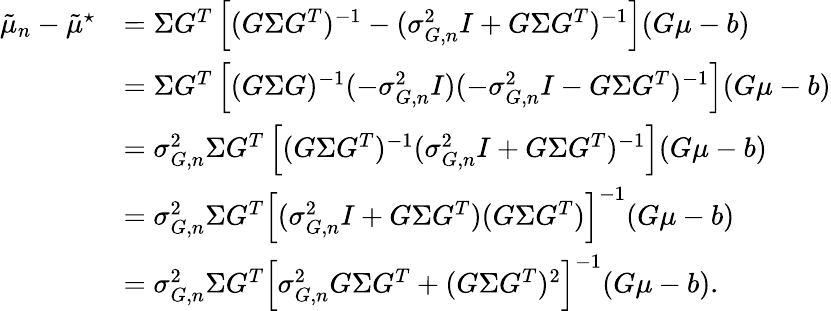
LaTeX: \begin{array}{rl}{\tilde{\mu}_{n}-\tilde{\mu}^{\star}}&{=\Sigma G^{T}\left[(G\Sigma G^{T})^{-1}-(\sigma_{G,n}^{2}I+G\Sigma G^{T})^{-1}\right](G\mu-b)}\\ &{=\Sigma G^{T}\left[(G\Sigma G)^{-1}(-\sigma_{G,n}^{2}I)(-\sigma_{G,n}^{2}I-G\Sigma G^{T})^{-1}\right](G\mu-b)}\\ &{=\sigma_{G,n}^{2}\Sigma G^{T}\left[(G\Sigma G^{T})^{-1}(\sigma_{G,n}^{2}I+G\Sigma G^{T})^{-1}\right](G\mu-b)}\\ &{=\sigma_{G,n}^{2}\Sigma G^{T}\left[(\sigma_{G,n}^{2}I+G\Sigma G^{T})(G\Sigma G^{T})\right]^{-1}(G\mu-b)}\\ &{=\sigma_{G,n}^{2}\Sigma G^{T}\left[\sigma_{G,n}^{2}G\Sigma G^{T}+(G\Sigma G^{T})^{2}\right]^{-1}(G\mu-b).}\end{array}